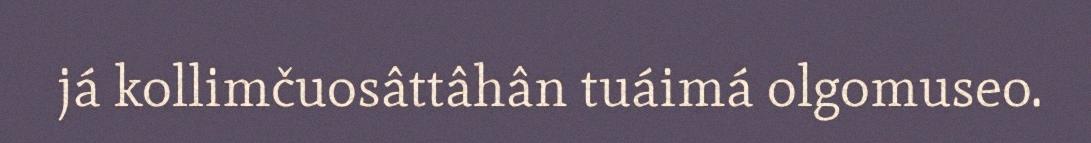
já kollimčuosâttâhân tuáimá olgomuseo.